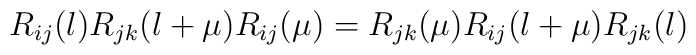
R_{ij}(\l)R_{jk}(\l+\mu)R_{ij}(\mu) 	= R_{jk}(\mu)R_{ij}(\l+\mu)R_{jk}(\l)